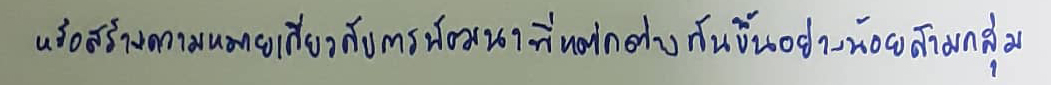
หรือสร้างความหมายเกี่ยวกับการพัฒนาที่แตกต่างกันขึ้นอย่างน้อยสามกลุ่ม